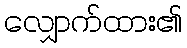
လျှောက်ထား၏